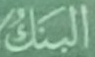
البنك